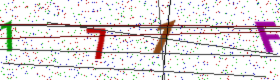
Text: 171F